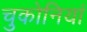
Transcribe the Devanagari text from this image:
चुकोनियां